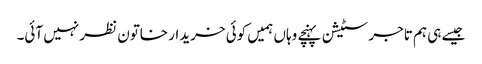
جیسے ہی ہم تاجر سٹیشن پہنچے وہاں ہمیں کوئی خریدار خاتون نظر نہیں آئی۔